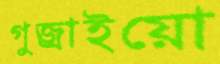
গুজ্‌রাইয়ো